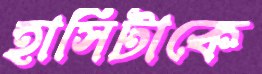
হাসিটাকে